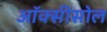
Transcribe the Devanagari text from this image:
ऑक्सीसोल